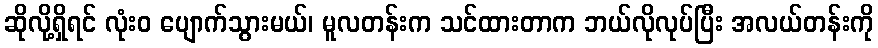
ဆိုလို့ရှိရင် လုံးဝ ပျောက်သွားမယ်၊ မူလတန်းက သင်ထားတာက ဘယ်လိုလုပ်ပြီး အလယ်တန်းကို